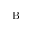
\mathrm { B }